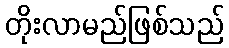
တိုးလာမည်ဖြစ်သည်